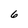
Character: 6